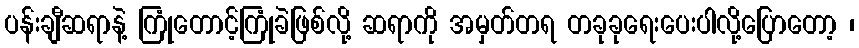
ပန်းချီဆရာနဲ့ ကြုံတောင့်ကြုံခဲဖြစ်လို့ ဆရာကို အမှတ်တရ တခုခုရေးပေးပါလို့ပြောတော့ ၊